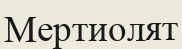
Мертиолят